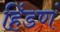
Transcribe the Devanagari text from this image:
हिंडणं